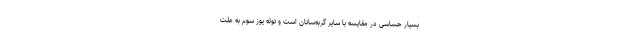
بسیار حساسی در مقایسه با سایر گربه‌سانان است و توله‌ یوز سوم به علت